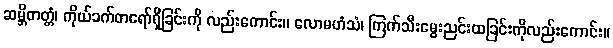
ဆမ္ဘိတတ္တံ၊ ကိုယ်ခက်တရော်ရှိခြင်းကို လည်းကောင်း။ လောမဟံသံ၊ ကြက်သီးမွေးညင်းထခြင်းကိုလည်းကောင်း။